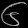
Digit: ၆